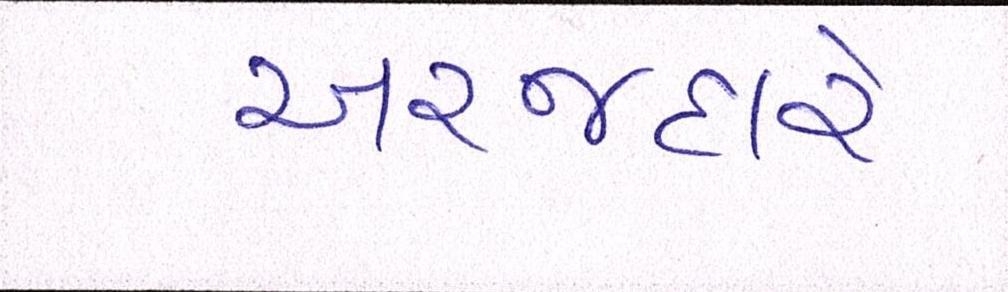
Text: અરજદારે